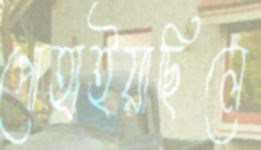
পোহাইয়াছিলে